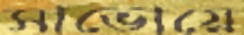
সাভোয়ে